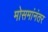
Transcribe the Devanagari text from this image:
मोसमांनंतर